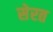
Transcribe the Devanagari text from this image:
सेरत